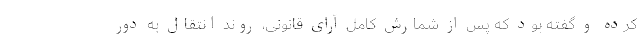
کرده و گفته بود که پس از شمارش کامل آرای قانونی، روند انتقال به دور